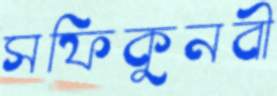
সফিকুনবী